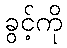
ခွင့်ကို